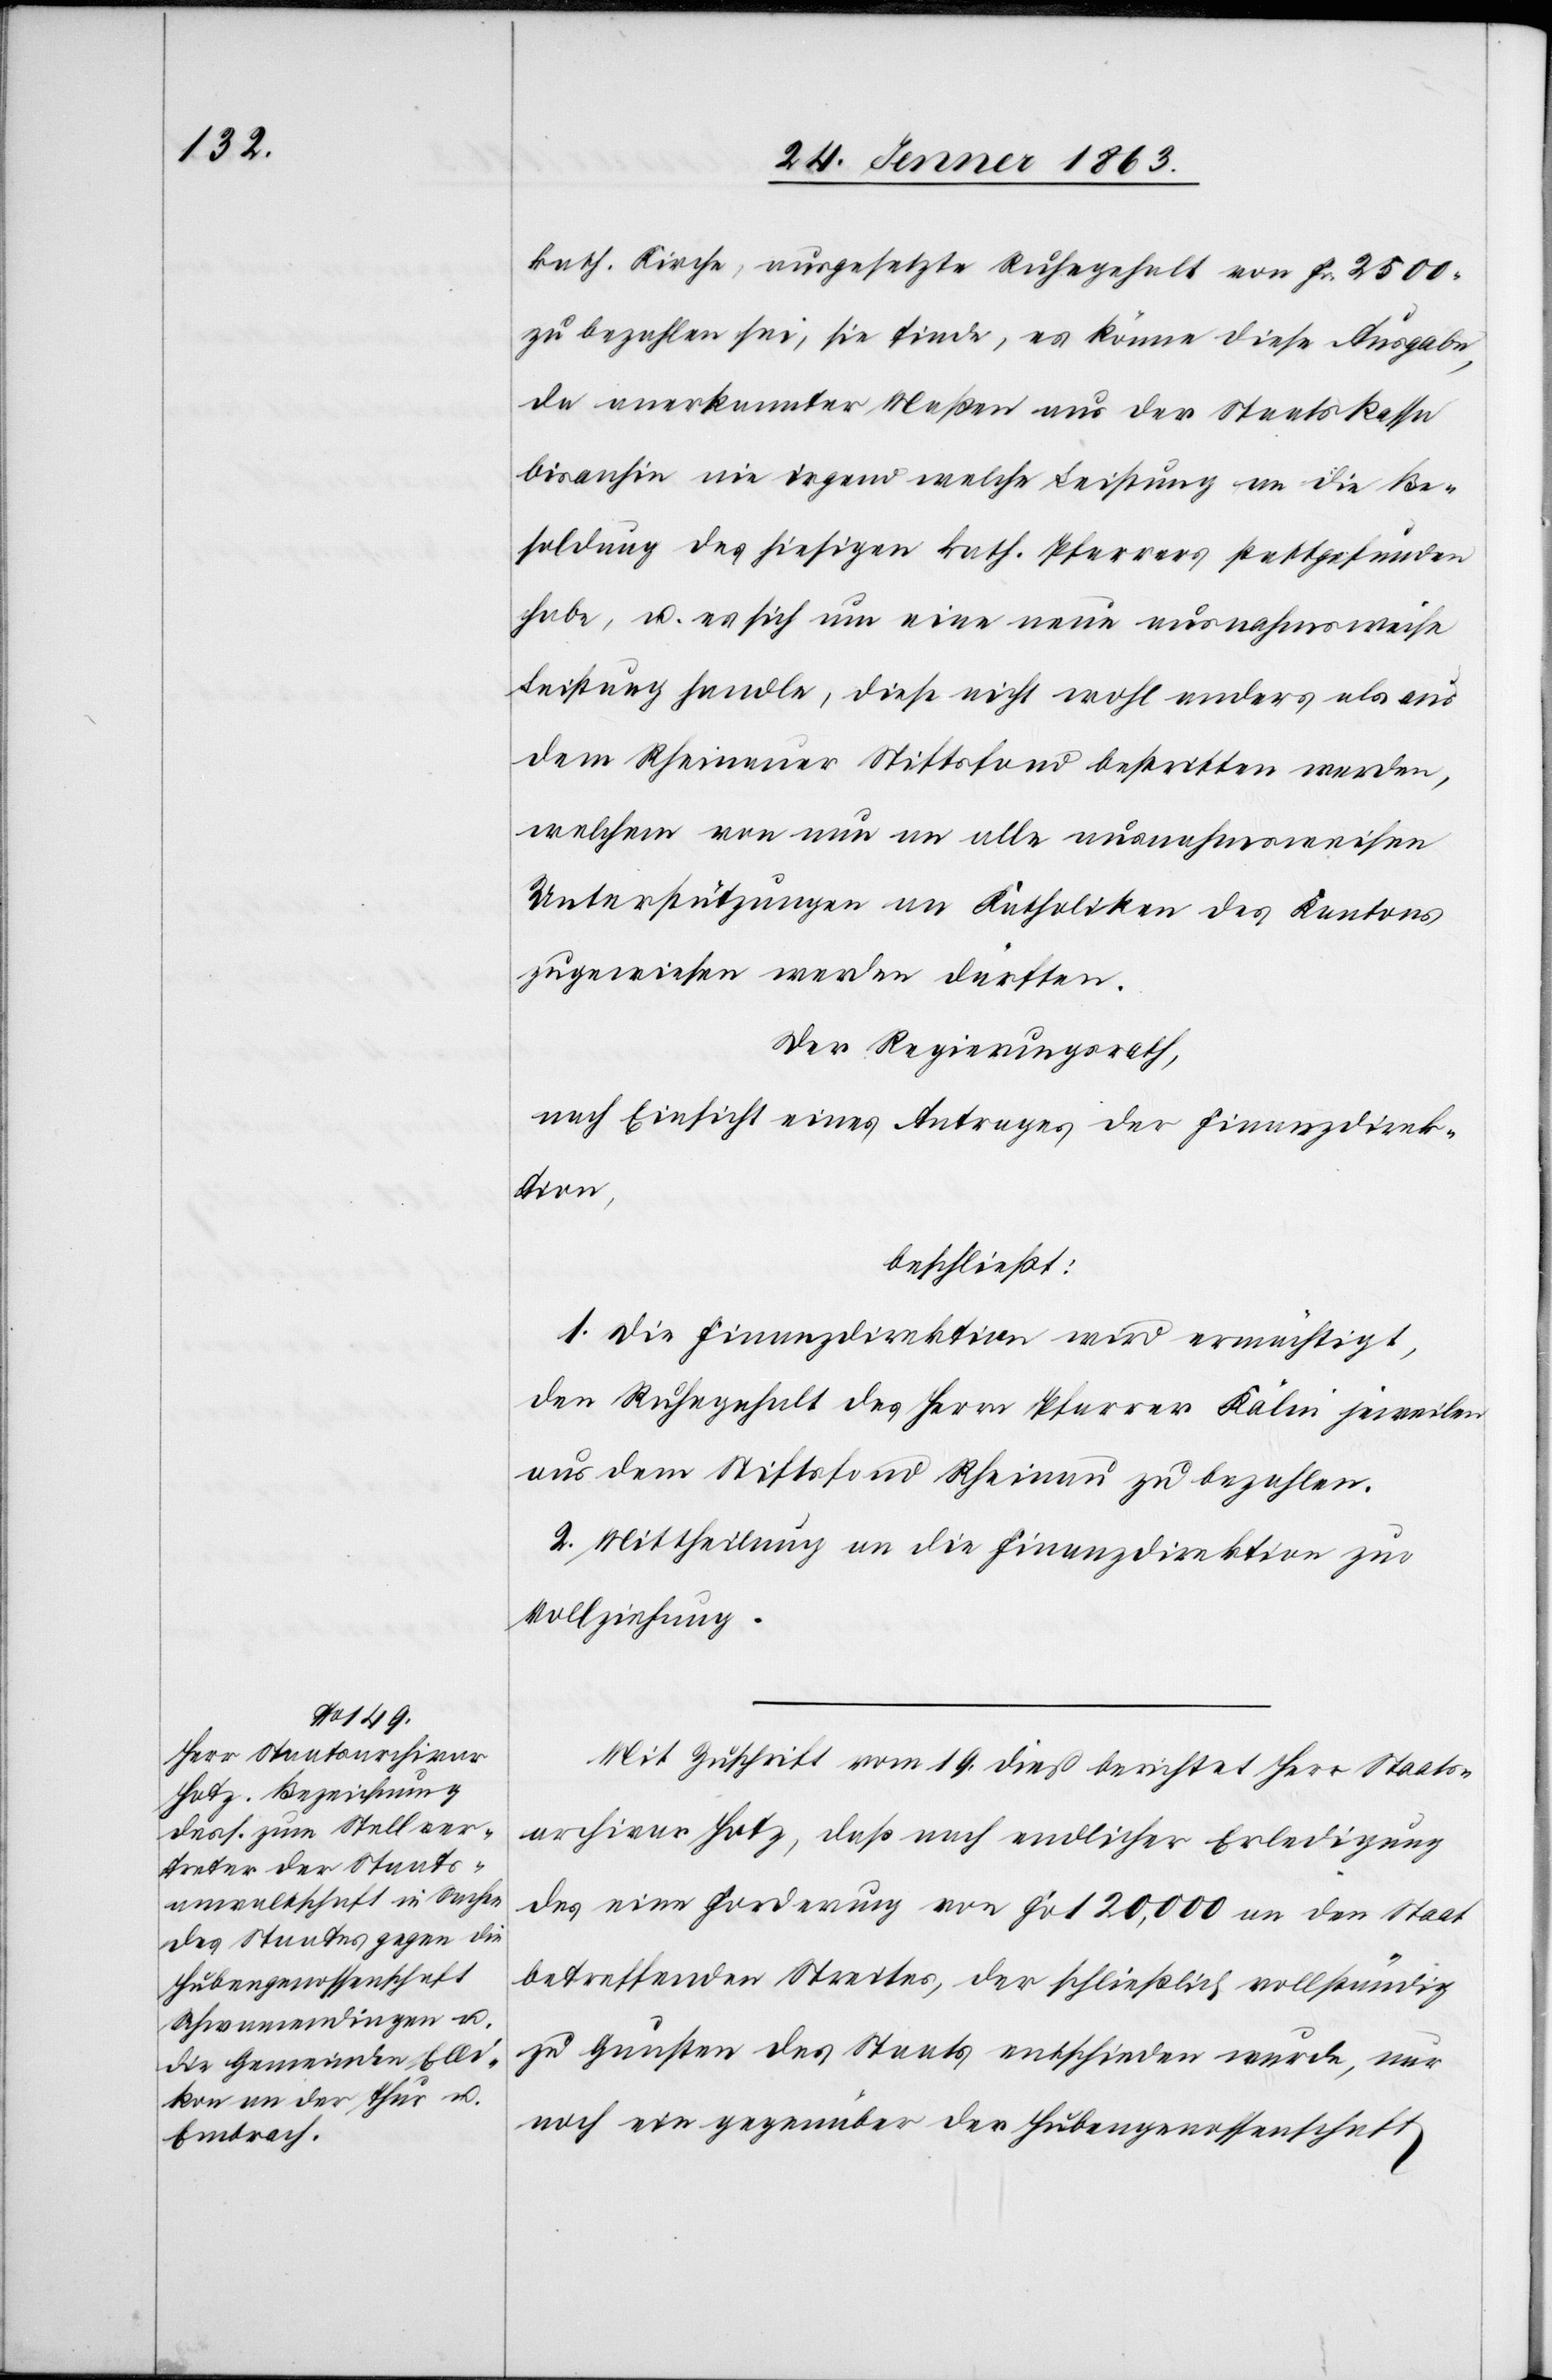
kath. Kirche, ausgesetzte Ruhegehalt von Fr. 2500.
zu bezahlen sei, sie finde, es könne diese Ausgabe,
da anerkannter Maßen aus der Staatskasse
bisanhin nie irgend welche Leistung an die Be¬
soldung des hiesigen kath. Pfarrers stattgefunden
habe, u. es sich um eine neue ausnahmsweise
Leistung handle, diese nicht wohl anders als aus
dem Rheinauer Stiftsfond bestritten werden,
welchem von nun an alle ausnahmsweisen
Unterstützungen an Katholiken des Kantons
zugewiesen werden dürften.
Der Regierungsrath,
nach Einsicht eines Antrages der Finanzdirek¬
tion,
beschließt:
1. Die Finanzdirektion wird ermächtigt,
den Ruhegehalt des Herrn Pfarrer Kälin jeweilen
aus dem Stiftsfond Rheinau zu bezahlen.
2. Mittheilung an die Finanzdirektion zur
Vollziehung.
Mit Zuschrift vom 19. dieß berichtet Herr Staats¬
archivar Hotz, daß nach endlicher Erledigung
des eine Forderung von Fr 120,000 an den Staat
betreffenden Streites, der schließlich vollständig
zu Gunsten des Staats entschieden wurde, nur
noch ein gegenüber der Hubengenossenschaft